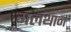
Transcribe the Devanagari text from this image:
गलथान